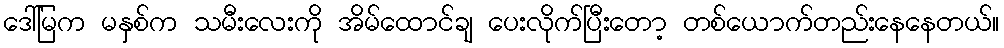
ဒေါ်မြက မနှစ်က သမီးလေးကို အိမ်ထောင်ချ ပေးလိုက်ပြီးတော့ တစ်ယောက်တည်းနေနေတယ်။